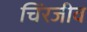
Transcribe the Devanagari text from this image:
चिंरजीव